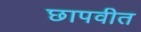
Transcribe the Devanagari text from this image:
छापवीत